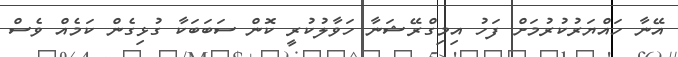
އޭނާ ހައްޔަރުކުރުމަށް ފަހު އިމިގްރޭޝަނާ ހަވާލުކުރީ ކޮން ސަބަބަކާ ގުޅިގެން ކަމެއް ވެސް